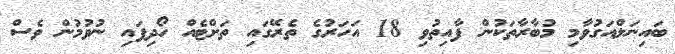
ބައިނަލްއަގުވާމި މުބާރާތަކުން ފާއިތުވި 18 އަހަރުގެ ތެރޭގައި ތަށްޓެއް ހޯދިފައި ނުވުމުން ވެސް